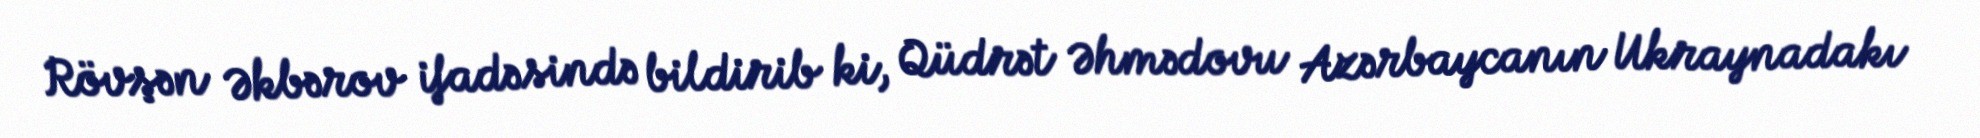
Rövşən Əkbərov ifadəsində bildirib ki, Qüdrət Əhmədovu Azərbaycanın Ukraynadakı